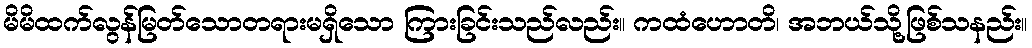
မိမိထက်လွန်မြတ်သောတရားမရှိသော ကြားခြင်းသည်လည်း။ ကထံဟောတိ၊ အဘယ်သို့ဖြစ်သနည်း။